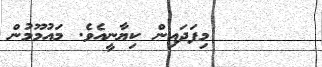
މިފަދައިން ކިޔާނީއެވެ. މައުމޫމުން